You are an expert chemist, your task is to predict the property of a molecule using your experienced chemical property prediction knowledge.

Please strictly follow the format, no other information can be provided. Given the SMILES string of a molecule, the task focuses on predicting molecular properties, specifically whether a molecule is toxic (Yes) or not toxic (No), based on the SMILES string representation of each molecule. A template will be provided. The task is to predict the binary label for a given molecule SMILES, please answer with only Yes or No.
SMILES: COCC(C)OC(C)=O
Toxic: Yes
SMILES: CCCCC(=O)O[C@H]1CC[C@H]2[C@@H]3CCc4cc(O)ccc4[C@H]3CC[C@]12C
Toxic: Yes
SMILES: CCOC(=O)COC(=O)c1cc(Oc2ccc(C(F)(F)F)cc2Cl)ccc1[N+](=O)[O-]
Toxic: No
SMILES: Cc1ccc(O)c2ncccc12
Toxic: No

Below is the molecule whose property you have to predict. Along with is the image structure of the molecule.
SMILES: O=Cc1cccc(Br)c1
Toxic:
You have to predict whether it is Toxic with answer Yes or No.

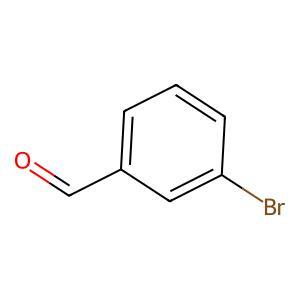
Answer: No